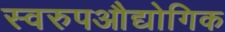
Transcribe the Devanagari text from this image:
स्वरुपऔद्योगिक